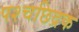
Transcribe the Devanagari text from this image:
पश्चछिद्रक